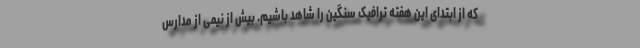
که از ابتدای این هفته ترافیک سنگین را شاهد باشیم. بیش از نیمی از مدارس